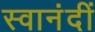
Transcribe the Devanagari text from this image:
स्वानंदीं